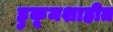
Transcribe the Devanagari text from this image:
हुकूमशाहीत